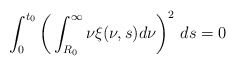
\begin{align*}\int_{0}^{t_{0}}\bigg(\int_{R_{0}}^{\infty}\nu\xi(\nu,s)d\nu\bigg)^{2}\ ds=0\end{align*}%\end{align*}